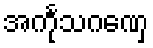
အင်္ကုသဂဏှေ